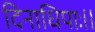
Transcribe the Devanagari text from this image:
दिनाधिपाः।।